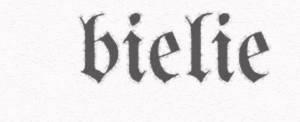
bielie